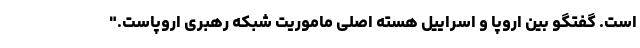
است. گفتگو بین اروپا و اسراییل هسته اصلی ماموریت شبکه رهبری اروپاست."